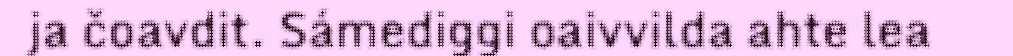
ja čoavdit. Sámediggi oaivvilda ahte lea